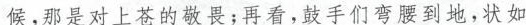
候，那是对上苍的敬畏；再看，鼓手们弯腰到地，状如